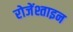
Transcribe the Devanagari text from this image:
रोजेंश्ताइन